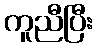
ကူညီပြီး